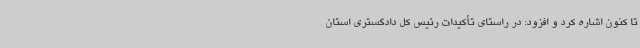
تا کنون اشاره کرد و افزود: در راستای تأکیدات رئیس کل دادگستری استان